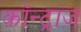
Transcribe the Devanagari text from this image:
कॉन्ट्राज़